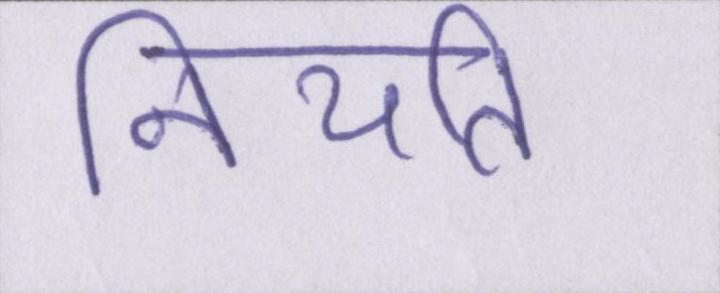
नियति